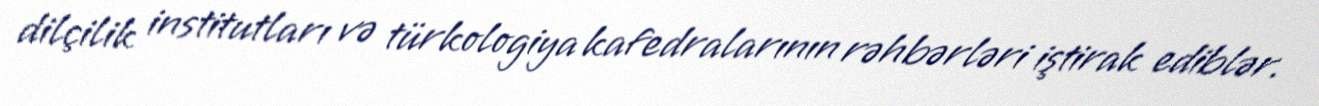
dilçilik institutları və türkologiya kafedralarının rəhbərləri iştirak ediblər.